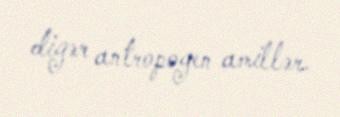
digər antropogen amillər.